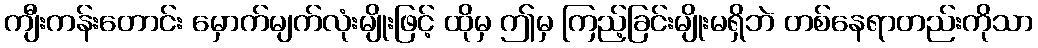
ကျီးကန်းတောင်း မှောက်မျက်လုံးမျိုးဖြင့် ထိုမှ ဤမှ ကြည့်ခြင်းမျိုးမရှိဘဲ တစ်နေရာတည်းကိုသာ